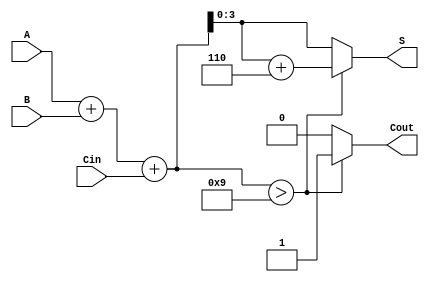
module BCD_Adder (
    input  [3:0] A,      // First BCD digit
    input  [3:0] B,      // Second BCD digit
    input        Cin,     // Carry-in
    output reg [3:0] S,   // BCD sum output
    output reg Cout       // Carry-out
);

    wire [4:0] Sum;       // 5-bit sum to accommodate carry
    wire [4:0] Corrected_Sum; // Corrected sum after BCD adjustment

    // Step 1: Binary addition of A, B, and Cin
    assign Sum = A + B + Cin;

    // Step 2: BCD correction logic
    always @(*) begin
        if (Sum > 9) begin
            // If the sum exceeds 9, add 6 (0110 in binary)
            Corrected_Sum = Sum + 5'b00110;
            Cout = 1;  // Set carry-out
        end else begin
            Corrected_Sum = Sum;
            Cout = 0;  // No carry-out
        end
    end

    // Step 3: Assign the corrected sum to output S
    always @(*) begin
        S = Corrected_Sum[3:0]; // Take the lower 4 bits as the BCD result
    end

endmodule